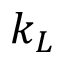
k _ { L }